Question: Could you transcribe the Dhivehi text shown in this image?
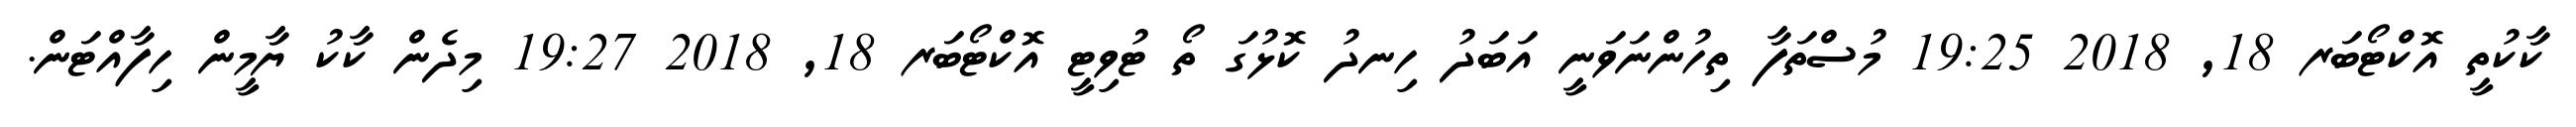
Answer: ކާކުތީ އޮކްޓޯބަރ 18, 2018 19:25 މުސްތަފާ ތިހުންނަވަނީ އަބަދު ހިނދު ކޮޅުގަ ތޯ ޓުވިޓީ އޮކްޓޯބަރ 18, 2018 19:27 މިދެން ކާކު ޔާމީން ހިފާއްޓަން.